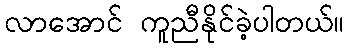
လာအောင် ကူညီနိုင်ခဲ့ပါတယ်။